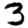
Digit: 3